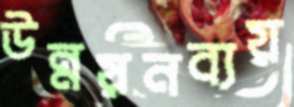
উন্নয়নব্যয়